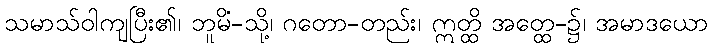
သမာသ်ဝါကျပြီး၏၊ ဘူမိံ-သို့၊ ဂတော-တည်း၊ ဣတ္ထိ အတ္ထေ-၌၊ အမာဒယော